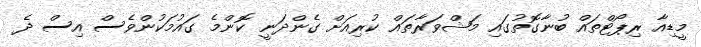
މީޑިއާ ރިޕޯޓްތައް ބުނާގޮތުގައި މަޝްވަރާތައް ކުރިއަށް ގެންދަނީ ކޮންމެ ގައުމަކުންވެސް އިސް ދެ